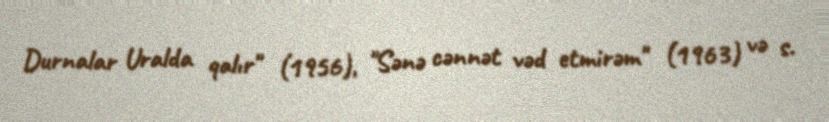
Durnalar Uralda qalır" (1956), "Sənə cənnət vəd etmirəm" (1963) və s.